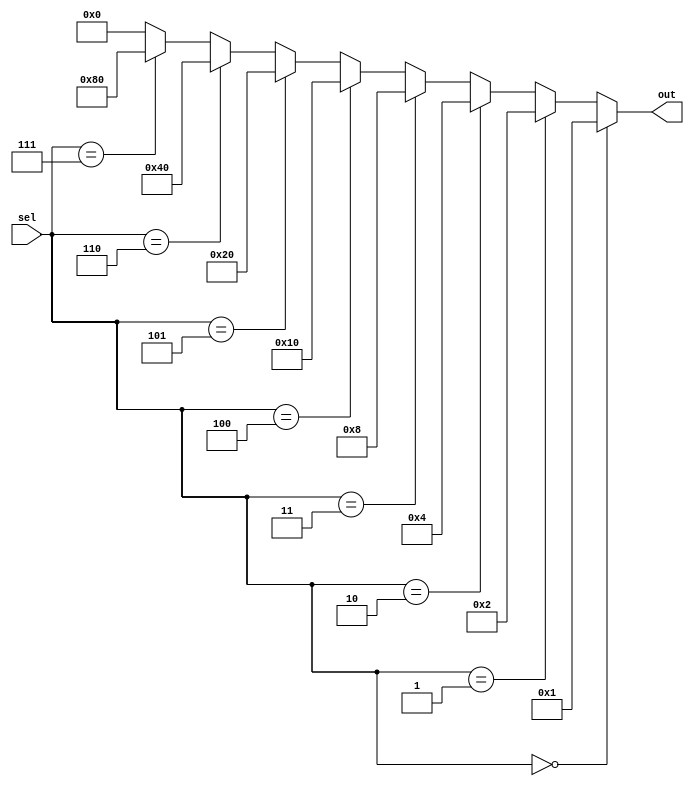
module threeToEightDecoder(
    input [2:0] sel,
    output reg [7:0] out
);

    always @(*) begin
        if (sel == 3'b000) out = 8'b00000001;
        else if (sel == 3'b001) out = 8'b00000010;
        else if (sel == 3'b010) out = 8'b00000100;
        else if (sel == 3'b011) out = 8'b00001000;
        else if (sel == 3'b100) out = 8'b00010000;
        else if (sel == 3'b101) out = 8'b00100000;
        else if (sel == 3'b110) out = 8'b01000000;
        else if (sel == 3'b111) out = 8'b10000000;
        else out = 8'b00000000;
    end
endmodule